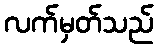
လက်မှတ်သည်